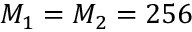
M _ { 1 } = M _ { 2 } = 2 5 6